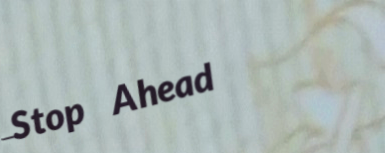
Stop Ahead